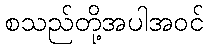
စသည်တို့အပါအဝင်